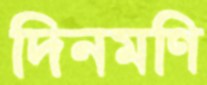
দিনমণি